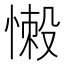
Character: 𢞸